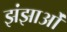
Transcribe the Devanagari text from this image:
झंझाओं